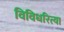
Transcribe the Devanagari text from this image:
विविधरित्या